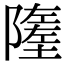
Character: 𨼰